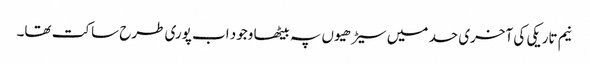
نیم تاریکی کی آخری حد میں سیڑھیوں پہ بیٹھا وجود اب پوری طرح ساکت تھا۔